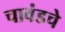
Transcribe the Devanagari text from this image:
चावंडचे